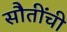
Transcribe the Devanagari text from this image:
सौतींची